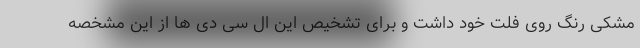
مشکی رنگ روی فلت خود داشت و برای تشخیص این ال سی دی ها از این مشخصه